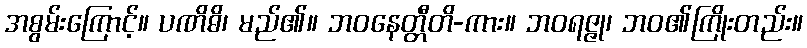
အစွမ်းကြောင့်။ ပဏိဓိ၊ မည်၏။ ဘဝနေတ္တီတိ-ကား။ ဘဝရဇ္ဇု၊ ဘဝ၏ကြိုးတည်း။